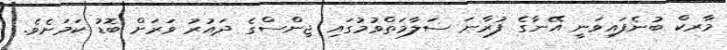
މާރކް ބުނެފައިވަނީ އޭނާގެ ފުރާނަ ސަލާމަތްވުމުގައި ޖިންސްގެ ދައުރު ވަރަށް ބޮޑު ކަމަށެވެ.